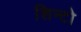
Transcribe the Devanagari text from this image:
शिन्टो